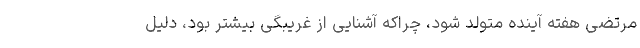
مرتضی هفته آینده متولد شود، چراکه آشنایی از غریبگی بیشتر بود، دلیل